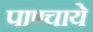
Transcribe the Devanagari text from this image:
पाण्चाये